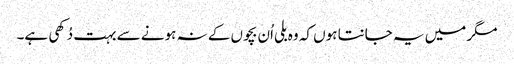
مگر میں یہ جانتا ہوں کہ وہ بلی اُن بچوں کے نہ ہونے سے بہت دُکھی ہے۔